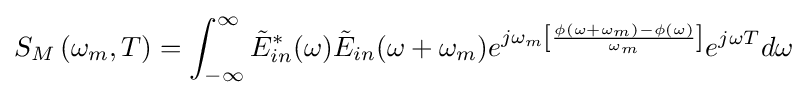
S_{M}\left(\omega _{m},T\right)=\int _{-\infty }^{\infty }{{\tilde {E}}_{in}^{*}(\omega ){\tilde {E}}_{in}(\omega +\omega _{m})e^{j\omega _{m}\left[{\frac {\phi (\omega +\omega _{m})-\phi (\omega )}{\omega _{m}}}\right]}e^{j\omega T}d\omega }